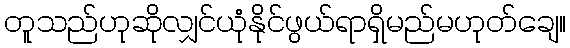
တူသည်ဟုဆိုလျှင်ယုံနိုင်ဖွယ်ရာရှိမည်မဟုတ်ချေ။